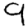
Digit: 9